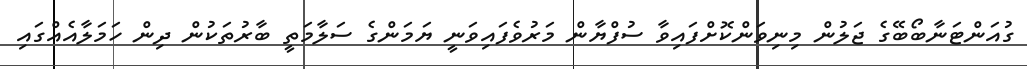
ގުއަންޓަނާބޯބޭގެ ޖަލުން މިނިވަންކޮށްފައިވާ ސުފްޔާން މަރުވެފައިވަނީ ޔަމަންގެ ސަލާމަތީ ބާރުތަކުން ދިން ހަމަލާއެއްގައި